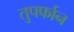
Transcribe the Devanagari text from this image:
तुपर्फान